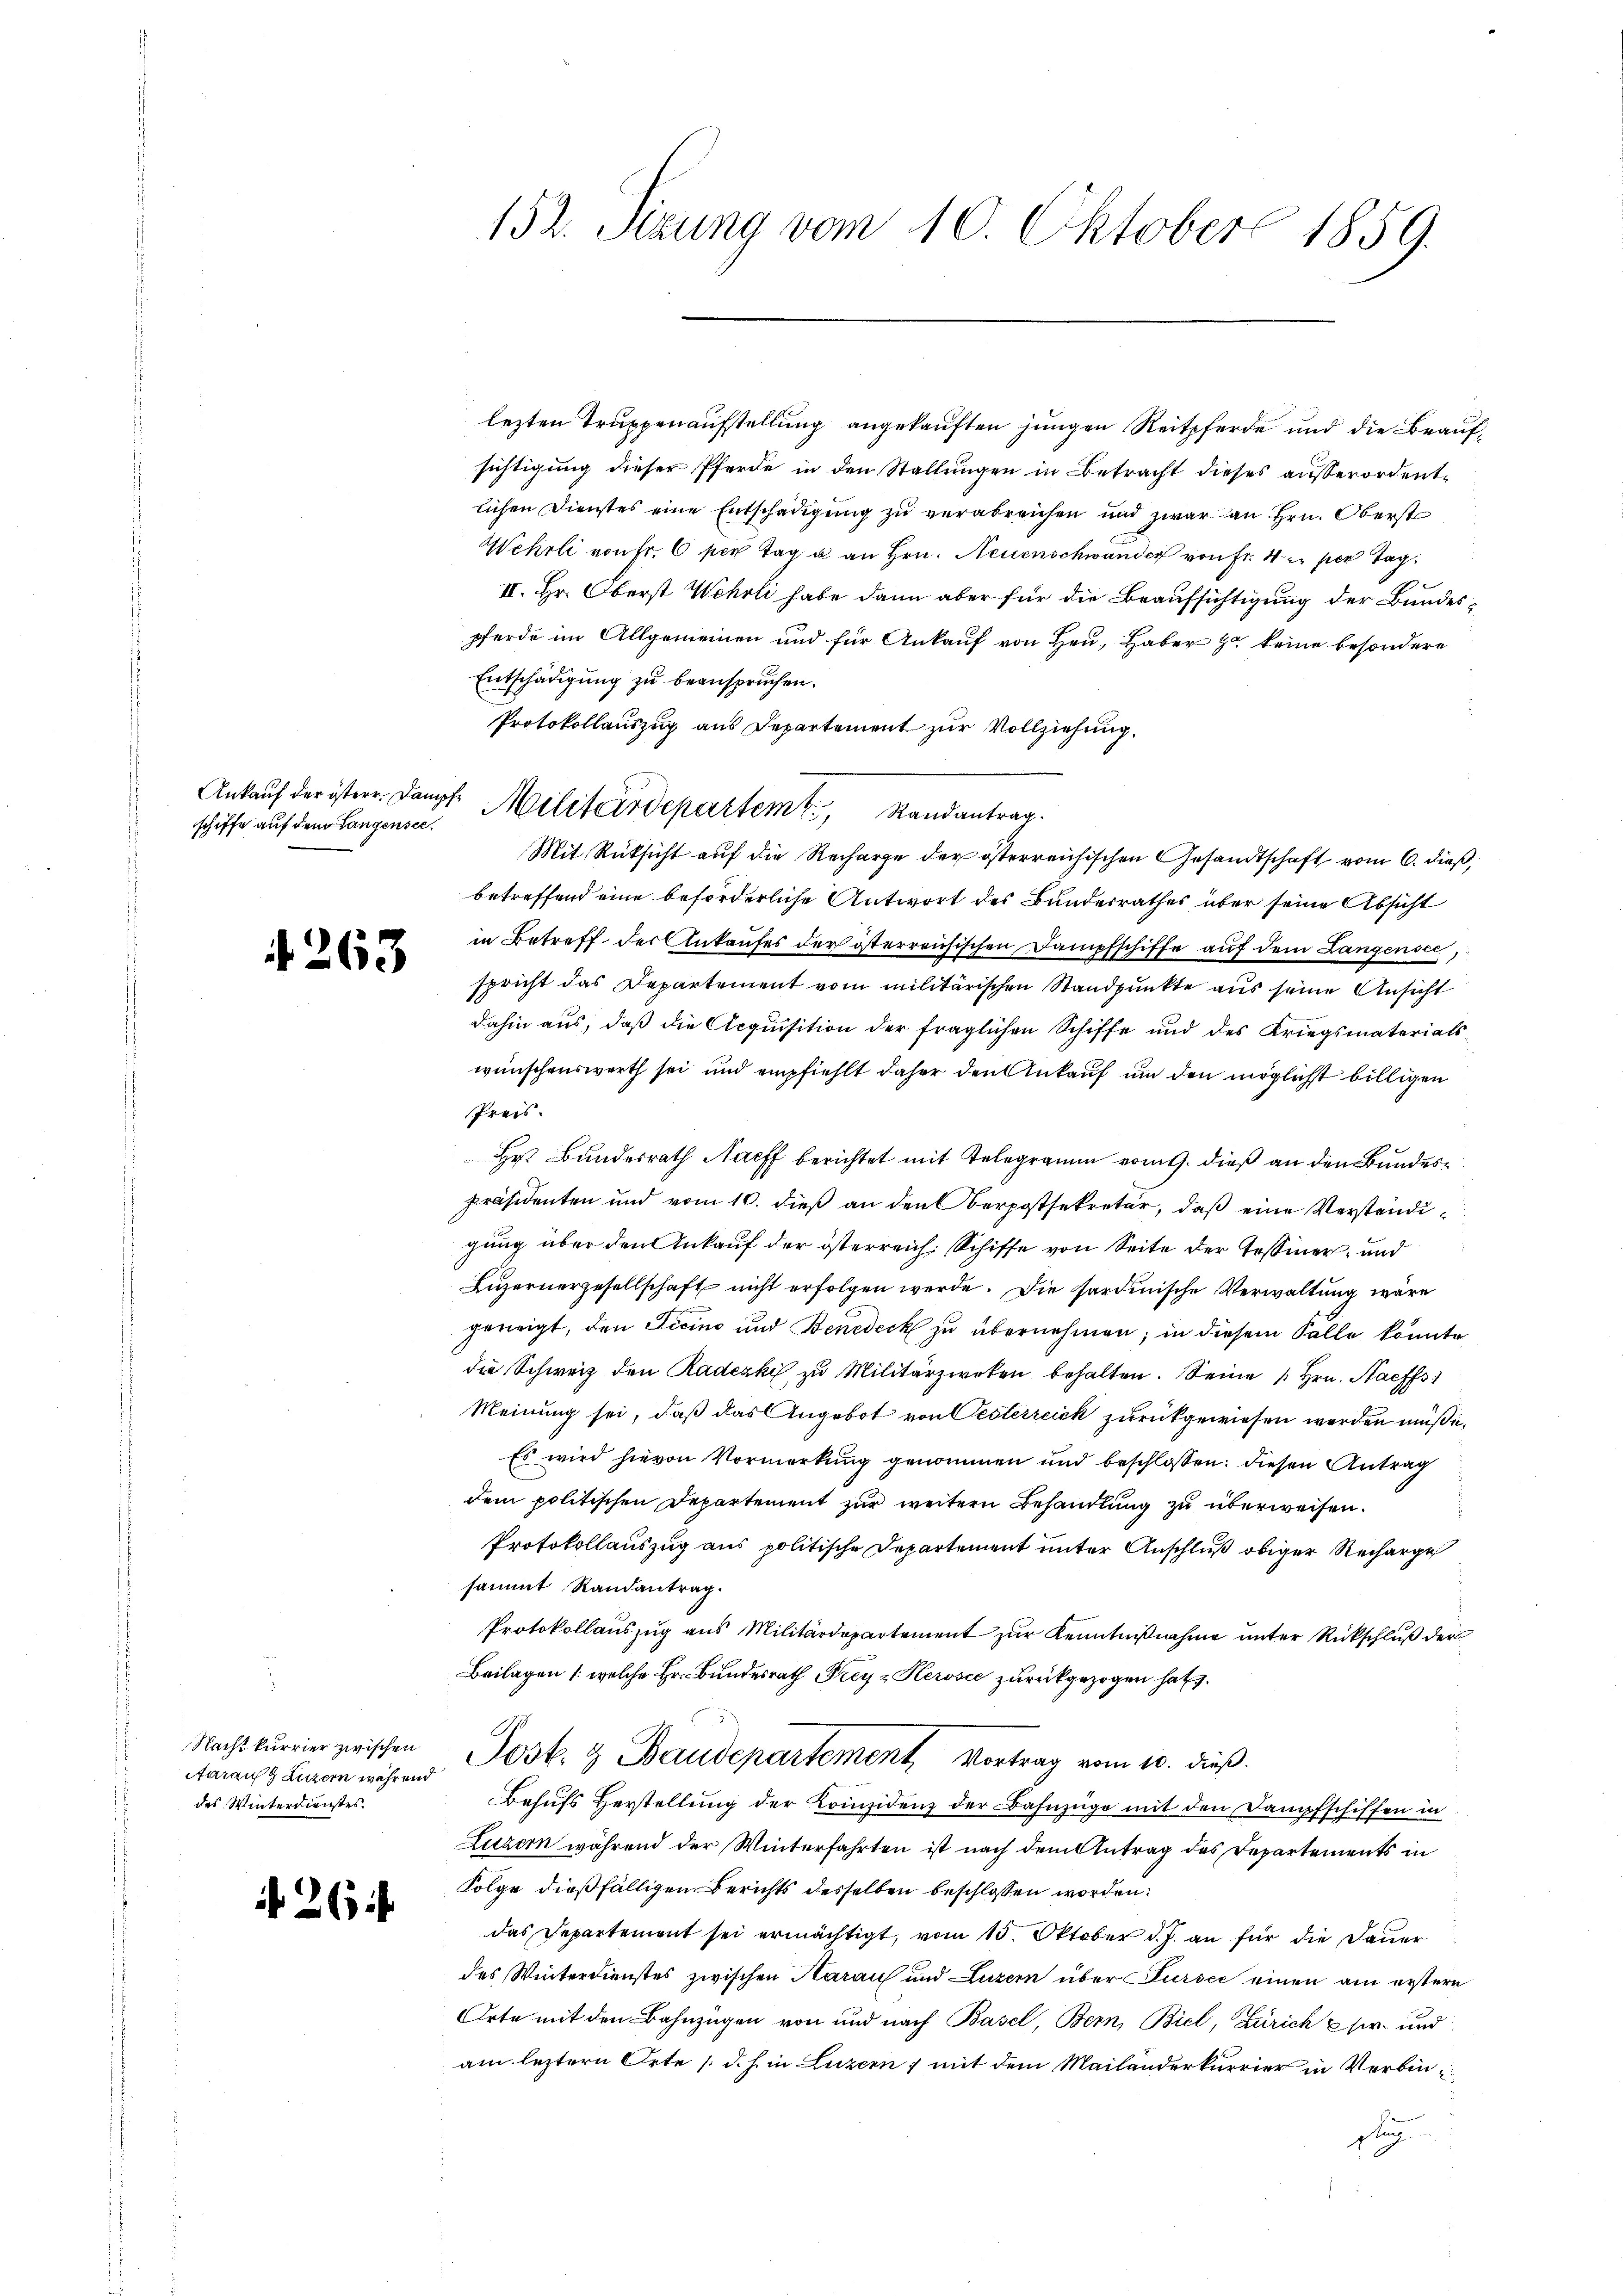
schiffe auf dem Langensee¬

4263

Nacht kurrier zwischen
Aaraus Luzern wahr und
des Winterdienstes.

26

152. Setzung vom 10. Oktober 1859.

lezten Truppenaufstellung angekauften jungen Reitpferde und die Beaufsichtigung dieser Pferde in den Stallungen in Betracht dieses außerordentlichen Dienstes eine Entschädigung zu verabreichen und zwar an Hrn. Oberst
Wehrli von Fr. 6 per Tag u. an Hrn. Neuenschwander von Fr. 4 c. per Tag.
II. Hr. Oberst Wehrli habe dann aber für die Beaufsichtigung der Bundespferde im Allgemeinen und für Ankauf von Hrn. Haber zu keine besondere
Entschädigung zu beanspruchen.
Protokollauszug aus Departement zur Vollziehung,
Mit Rüksicht auf die Recharge der österreichischen Gesandtschaft vom 6. dieß,
betreffend eine beförderliche Antwort des Bunderrathes über seine Absicht
in Betreff der Ankaufes der österreichischen Dampfschiffe aŭf dem Langensc
spricht das Departement vom militärischen Standpunkte aus seine Ansicht
dahin aus, daß die Acquisition der fraglichen Schiffe und des Kriegsmaterialswünschenswerth sei und empfiehlt daher den Ankauf um den möglicht billigen
Preis.
Hr. Bundesrath Nach berichtet mit Telegramm vom 9. dieß an den Bundespräsidenten und vom 10. dieß an den Berpostsekretär, daß eine Verständigung über den Ankauf der österreich. Schiffe von Seite der Tessiner, und
Luzernergesellschaft nicht erfolgen werde. Die sardinische Verwaltung wäre
herigt, den Pecino und Benedeck zu übernehmen; in diesem Falle könnte
die Schweiz den Radeski zu Militärzweken behalten. Seine / Hrn. Nachs
Meinung sei, daß das Angebot von Oesterreich zurückgewiesen werden müße.
Es wird hievon Vormerkung genommen und beschlossen: diesen Antrag
dem politischen Departement zur weitern Behandlung zu überweisen.
Protokollauszug aus politische Departement unter Anschluß obiger Recharge
sammt Randantrag.
Protokollaŭszŭg ans Militärdepartement zŭr Kenntniβnahme ŭnter Rückschlŭβ der
Beilagen (welche Hr. Bundesrath Freyz Herosee zurückgezogen hat.
Post. 3 Baudepartement Vortrag vom 10. dieß.
Behufs Herstellung der Krinzidenz der Bahnzüge mit den Dampfschiffen in
Luzern während der Winterfahrten ist nach dem Antrag des Departements in
Folge dießfälligen Berichts desselben beschlossen worden.
das Departement sei ermächtigt, vom 15. Oktober d. J. an für die Dauer
des Winterdienstes zwischen Aarauf und Luzern über Sursee einen am erstern
Orte mit den Bahnzügen von und nach Basel, Bern, Biel, Zürich Ehr- und
am leztern Orte (d. h. in Luzern, mit dem Mailanderkurrier in Verbinseg

Ankauf der östere Dampfe Militärdepartem Randantrag